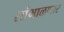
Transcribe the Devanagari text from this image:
सांभाळणार